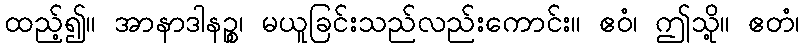
ထည့်၍။ အာနာဒါနဉ္စ၊ မယူခြင်းသည်လည်းကောင်း။ ဧဝံ၊ ဤသို့။ ဧတံ၊